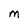
Character: M